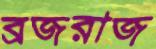
ব্রজরাজ